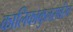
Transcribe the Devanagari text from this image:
कालिकाकुलसर्वस्व